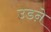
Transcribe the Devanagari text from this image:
उडऩे